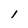
Character: I